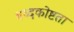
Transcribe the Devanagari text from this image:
बध्दकोष्टता